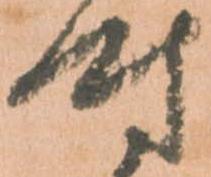
時